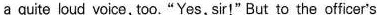
a quite loud voice, too."Yes, sir!" But to the officer's